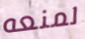
لمنعه